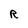
Character: R